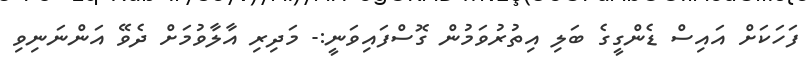
ފަހަކަށް އައިސް ޑެންގީގެ ބަލި އިތުރުވަމުން ގޮސްފައިވަނީ:- މަދިރި އާލާވުމަށް ދެވޭ އަންނަނިވި